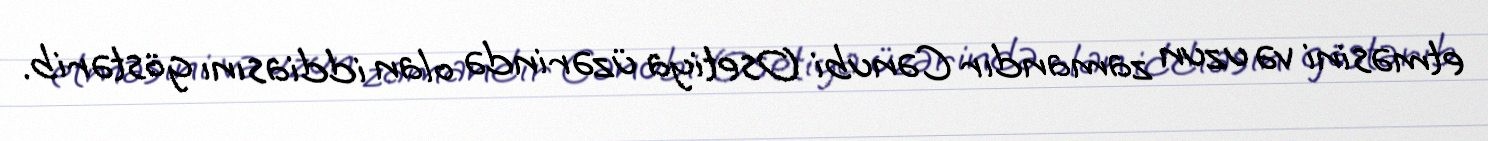
etməsini və uzun zamandır Cənubi Osetiya üzərində olan iddiasını göstərib.